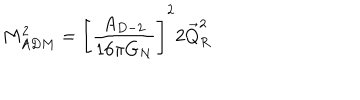
M _ { A D M } ^ { 2 } = \Biggl [ \frac { A _ { D - 2 } } { 1 6 \pi G _ { N } } \Biggr ] ^ { 2 } 2 \vec { Q } _ { R } ^ { 2 }